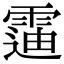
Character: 䨤